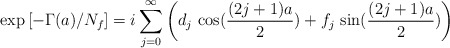
\begin{align*}\exp\left[ -\Gamma(a)/N_f\right] =i\sum_{j=0}^\infty \left( d_j \,\cos(\frac{(2j+1)a}{2}) + f_j \, \sin(\frac{(2j+1)a}{2})\right)\end{align*}